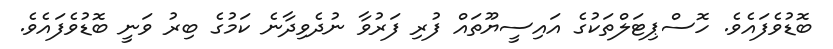
ބޮޑުވެފައެވެ. ހޮސްޕިޓަލްތަކުގެ އައިސީޔޫތައް ފުރި ފަރުވާ ނުދެވިދާނެ ކަމުގެ ބިރު ވަނީ ބޮޑުވެފައެވެ.